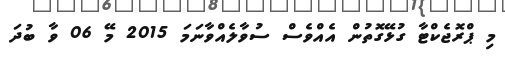
މި ޕްރޮޖެކްޓާ ގުޅޭގޮތުން އެއްވެސް ސުވާލެއްވާނަމަ 2015 މޭ 06 ވާ ބުދަ